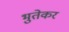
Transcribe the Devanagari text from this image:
भुतेकर